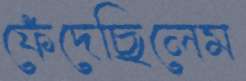
ফেঁদেছিলেম